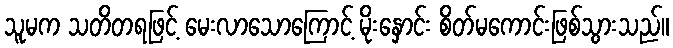
သူမက သတိတရဖြင့် မေးလာသောကြောင့် မိုးနှောင်း စိတ်မကောင်းဖြစ်သွားသည်။